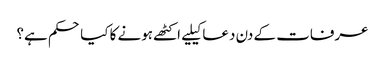
عرفات کے دن دعا کیلیے اکٹھے ہونے کا کیا حکم ہے؟